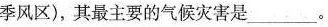
季风区)，其最主要的气候灾害是___。